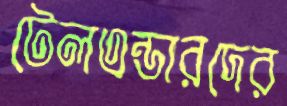
টেলএন্ডারদের